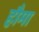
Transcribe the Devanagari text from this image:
हौमा